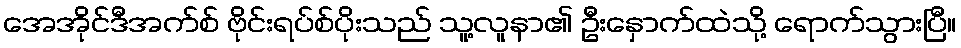
အေအိုင်ဒီအက်စ် ဗိုင်းရပ်စ်ပိုးသည် သူ့လူနာ၏ ဦးနှောက်ထဲသို့ ရောက်သွားပြီ။